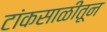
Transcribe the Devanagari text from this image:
टांकसाळीतून